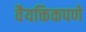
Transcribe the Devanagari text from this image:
वैयक्तिकपणे